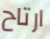
ارتاح